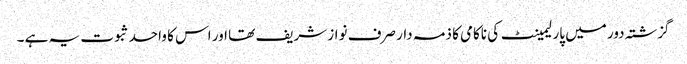
گزشتہ دور میں پارلیمینٹ کی ناکامی کا ذمہ دار صرف نواز شریف تھا اور اس کا واحد ثبوت یہ ہے ۔